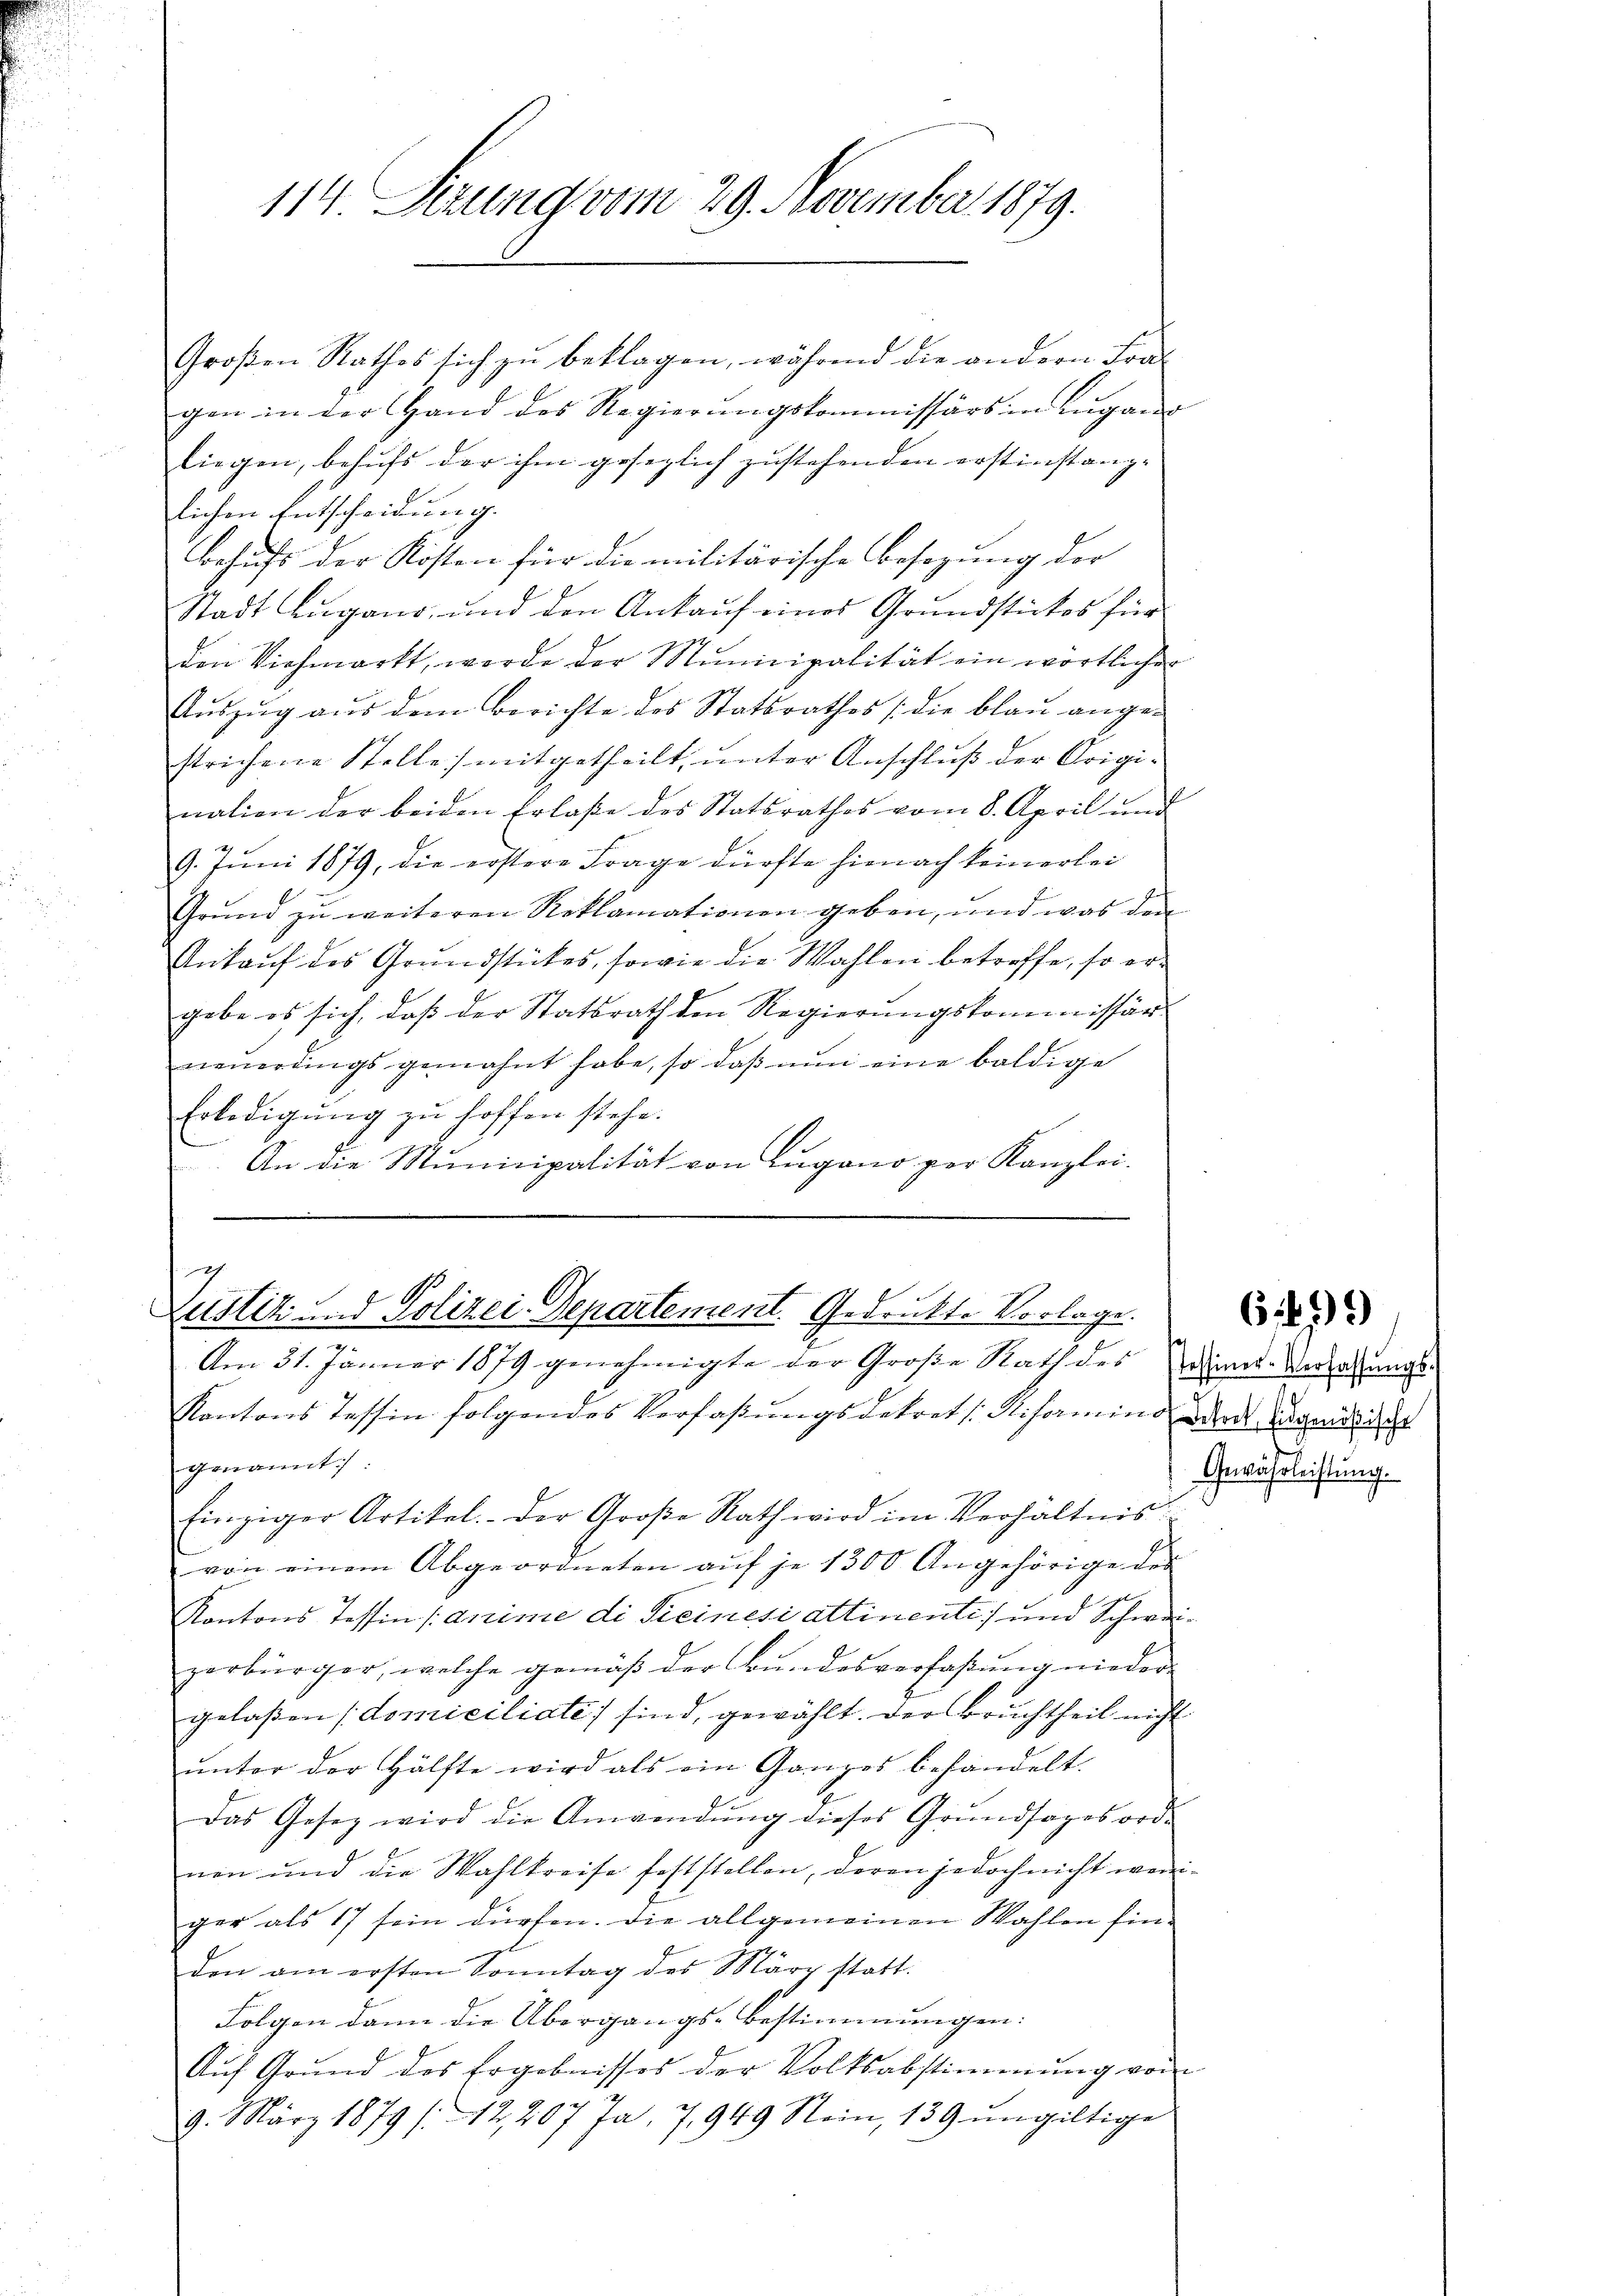
114. Sizung vom 29. November 1879.

Großen Rathes sich zu beklagen, während die andern Fragen in der Hand des Regierungskommissärs in Lugang
liegen, behufs der ihm gesezlich zustehenden erstinstanglichen Entscheidung.
Behufs der Kosten für die militärische Besizung der
Stadt Lugano, und den Ankauf eines Grundstückes für
den Viehmarkt, werde der Municipalität ein wörtlicher
Aŭszŭg aŭs dem Berichte des Statsrathes (die blaŭ ange-
strichene Stelle mitgetheilt ŭnter Anschlŭβ der Origi-
nation der beiden Erlaße des Statsrathes vom 8. April und
9. Jŭni 1879, die erstere Frage dürfte hienach keinerlei
Grŭnd zŭ weiteren Reklamationen geben, und was den
Ankauf des Grundstückes, sowie die Wahlen betreffe, so ergabe es sich, daß der Statsrath den Regierungskommissär
neŭerdings gemahnt habe, so daβ nŭn eine baldige
Erledigung zu hoffen stehe.
An die Municipalität von Lugano per Kanzlei-

g
Zustiz und Polizei-Departement. Gedruckte Vorlage.
n

Am 31. Januar 1879 genehmigte der Große Rath des Die Verwachungs-
Kantons Tessin folgendes Verfaβŭngsdekrets Rifamins der Damit der
genannt.
Einziger Artikel. Der Große Rath wird im Verhältnis
von einem Abgeordneten aŭf je 1300 Angehörige des
Kantons Tessin (anime di Seinesi attinenti und Schweizerbürger, welche gemäβ der Bŭndesverfaßung nieder-
gelaßen domiciliate) sind, gewählt. Der Bruchtheil nicht
ŭnter der Hälfte wird als ein Ganzes behandelt.
Das Gesetz wird die Anwendŭng dieses Grŭndsagesord-
nen und die Wahlkreise feststellen, deren jedoch nicht weniger als 17 sein dürfen. Die allgemeinen Wahlen finden am ersten Sonntag des März statt.
Folgen dann die Übergangs-Bestimmungen:
Auf Grund des Ergebnisses der Volksabstimmung von
9. März 1879 (12207 Ja. 7, 949 Stein, 139 ŭngültige

6499

Gewährleistung.